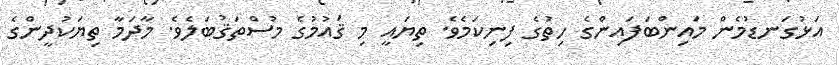
އަޅުގަނޑުމެން މައިންބަފައިންގެ ހިތުގެ ފިނިކަމެވެ. ތިޔައީ މި ޤައުމުގެ މުސްތަޤުބަލެވެ. މާދަމާ ތިޔަކުދީންގެ